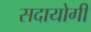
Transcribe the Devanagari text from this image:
सदायोगी